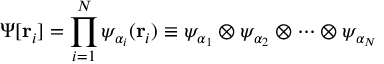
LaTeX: \Psi [ \mathbf { r } _ { i } ] = \prod _ { i = 1 } ^ { N } \psi _ { \alpha _ { i } } ( \mathbf { r } _ { i } ) \equiv \psi _ { \alpha _ { 1 } } \otimes \psi _ { \alpha _ { 2 } } \otimes \cdots \otimes \psi _ { \alpha _ { N } }